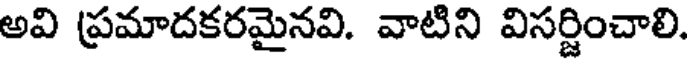
అవి ప్రమాదకరమైనవి. వాటిని విసర్జించాలి.